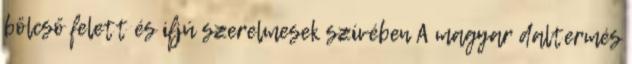
bölcső felett és ifjú szerelmesek szívében A magyar daltermés